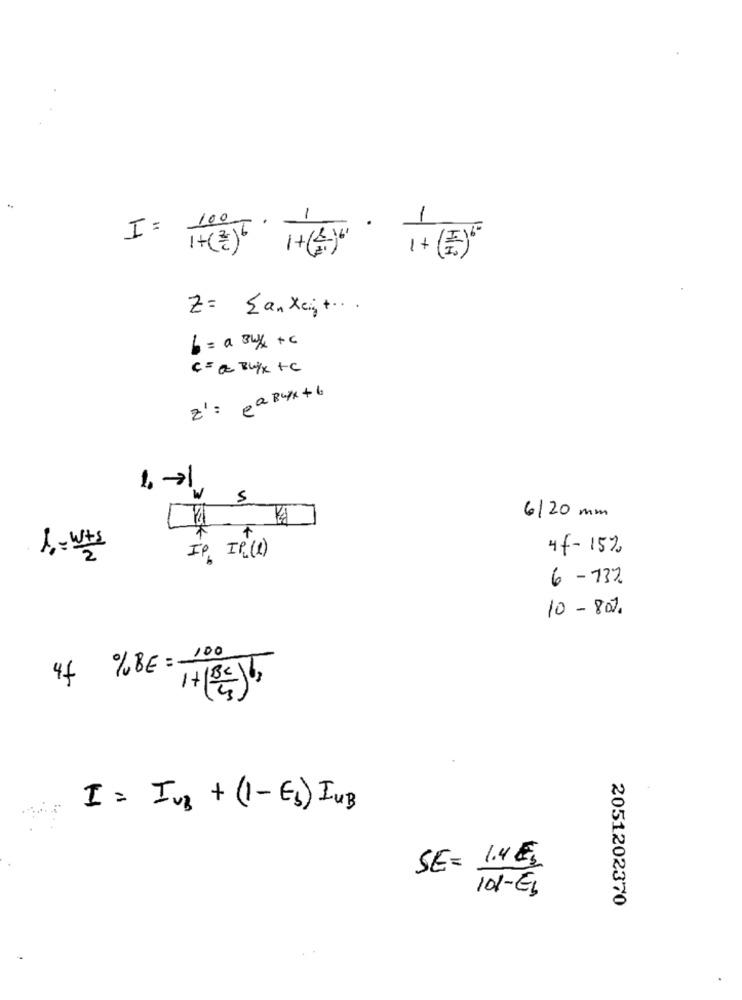
I= 100
1
-
1+(E)
I+(そ)[ 1+(金)"
Z= San Xeint .. .
b = a 3w/ +c
C = a BUYX +C
z' : pa Rupx + 6
-
5
6/20 mm
F
1 .- wts
4f-15%
IP IP(1)
6 - 73%
10 - 80%.
44 %BE = -
1+1BC6,
I= Iv3 + (1-Es) LUB
SE= 1.4€
101-Es
2051202370